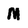
Character: M